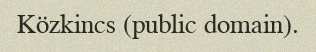
Közkincs (public domain).